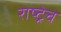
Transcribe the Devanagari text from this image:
राष्ट्रेच